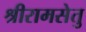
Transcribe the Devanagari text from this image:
श्रीरामसेतु